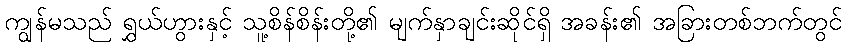
ကျွန်မသည် ရွှယ်ဟွားနှင့် သူ့စိန်စိန်းတို့၏ မျက်နှာချင်းဆိုင်ရှိ အခန်း၏ အခြားတစ်ဘက်တွင်